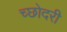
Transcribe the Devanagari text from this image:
च्छोदरी